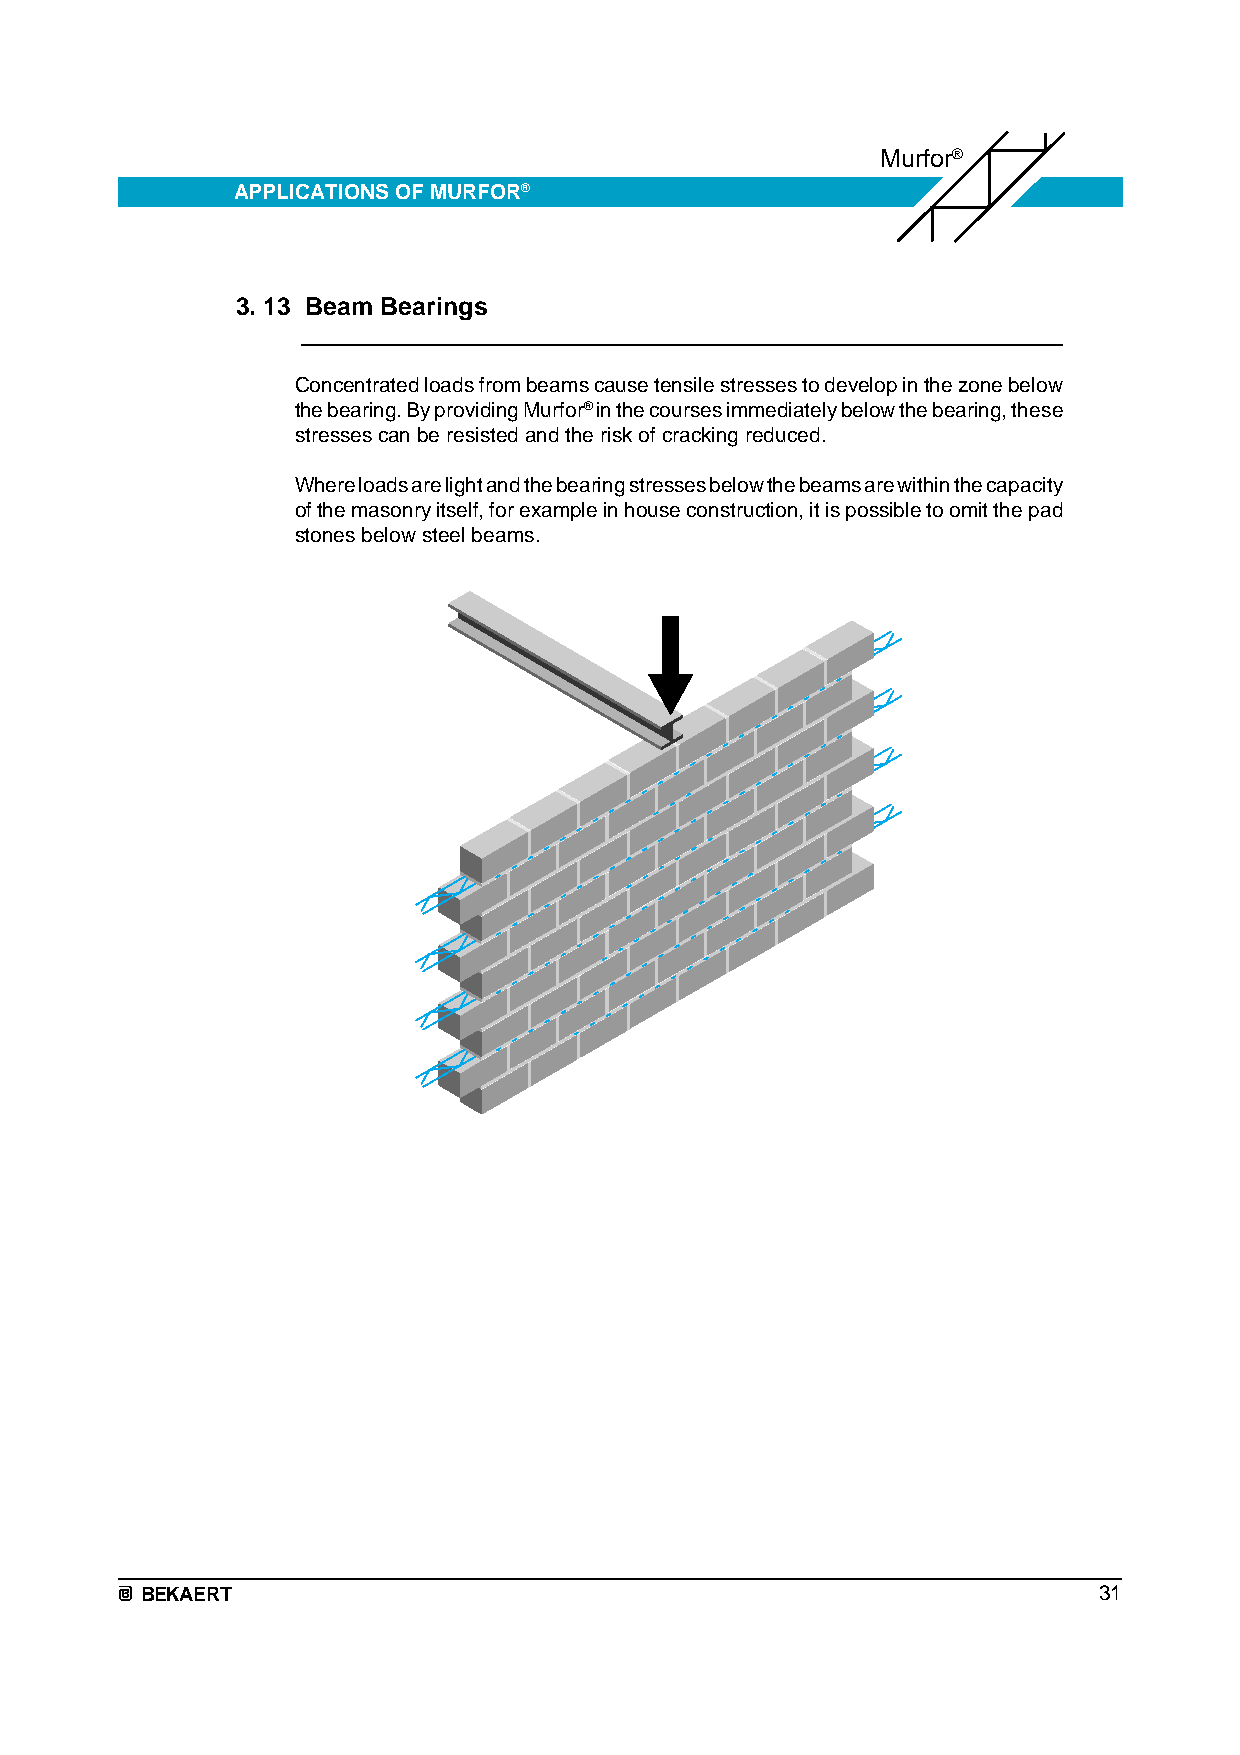
Murfor®
 APPLICATIONS OF MURFOR®
 3. 13 Beam Bearings
 Concentrated loads from beams cause tensile stresses to develop in the zone below
 the bearing. By providing Murfor® in the courses immediately below the bearing, these
 stresses can be resisted and the risk of cracking reduced.
 Where loads are light and the bearing stresses below the beams are within the capacity
 of the masonry itself, for example in house construction, it is possible to omit the pad
 stones below steel beams.
 BEKAERT                                                         31